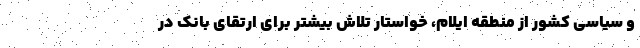
و سیاسی کشور از منطقه ایلام، خواستار تلاش بیشتر برای ارتقای بانک در